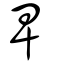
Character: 卑